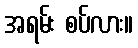
အရမ်း စပ်လား။